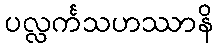
ပလ္လင်္ကသဟဿာနိ